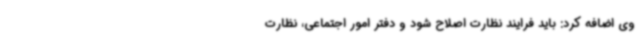
وی اضافه کرد: باید فرایند نظارت اصلاح شود و دفتر امور اجتماعی، نظارت